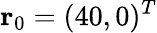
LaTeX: \mathbf{r}_{0}=(40,0)^{T}